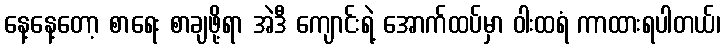
နေ့နေ့တော့ စာရေး စာချဖို့ရာ အဲဒီ ကျောင်းရဲ့ အောက်ထပ်မှာ ဝါးထရံ ကာထားရပါတယ်၊